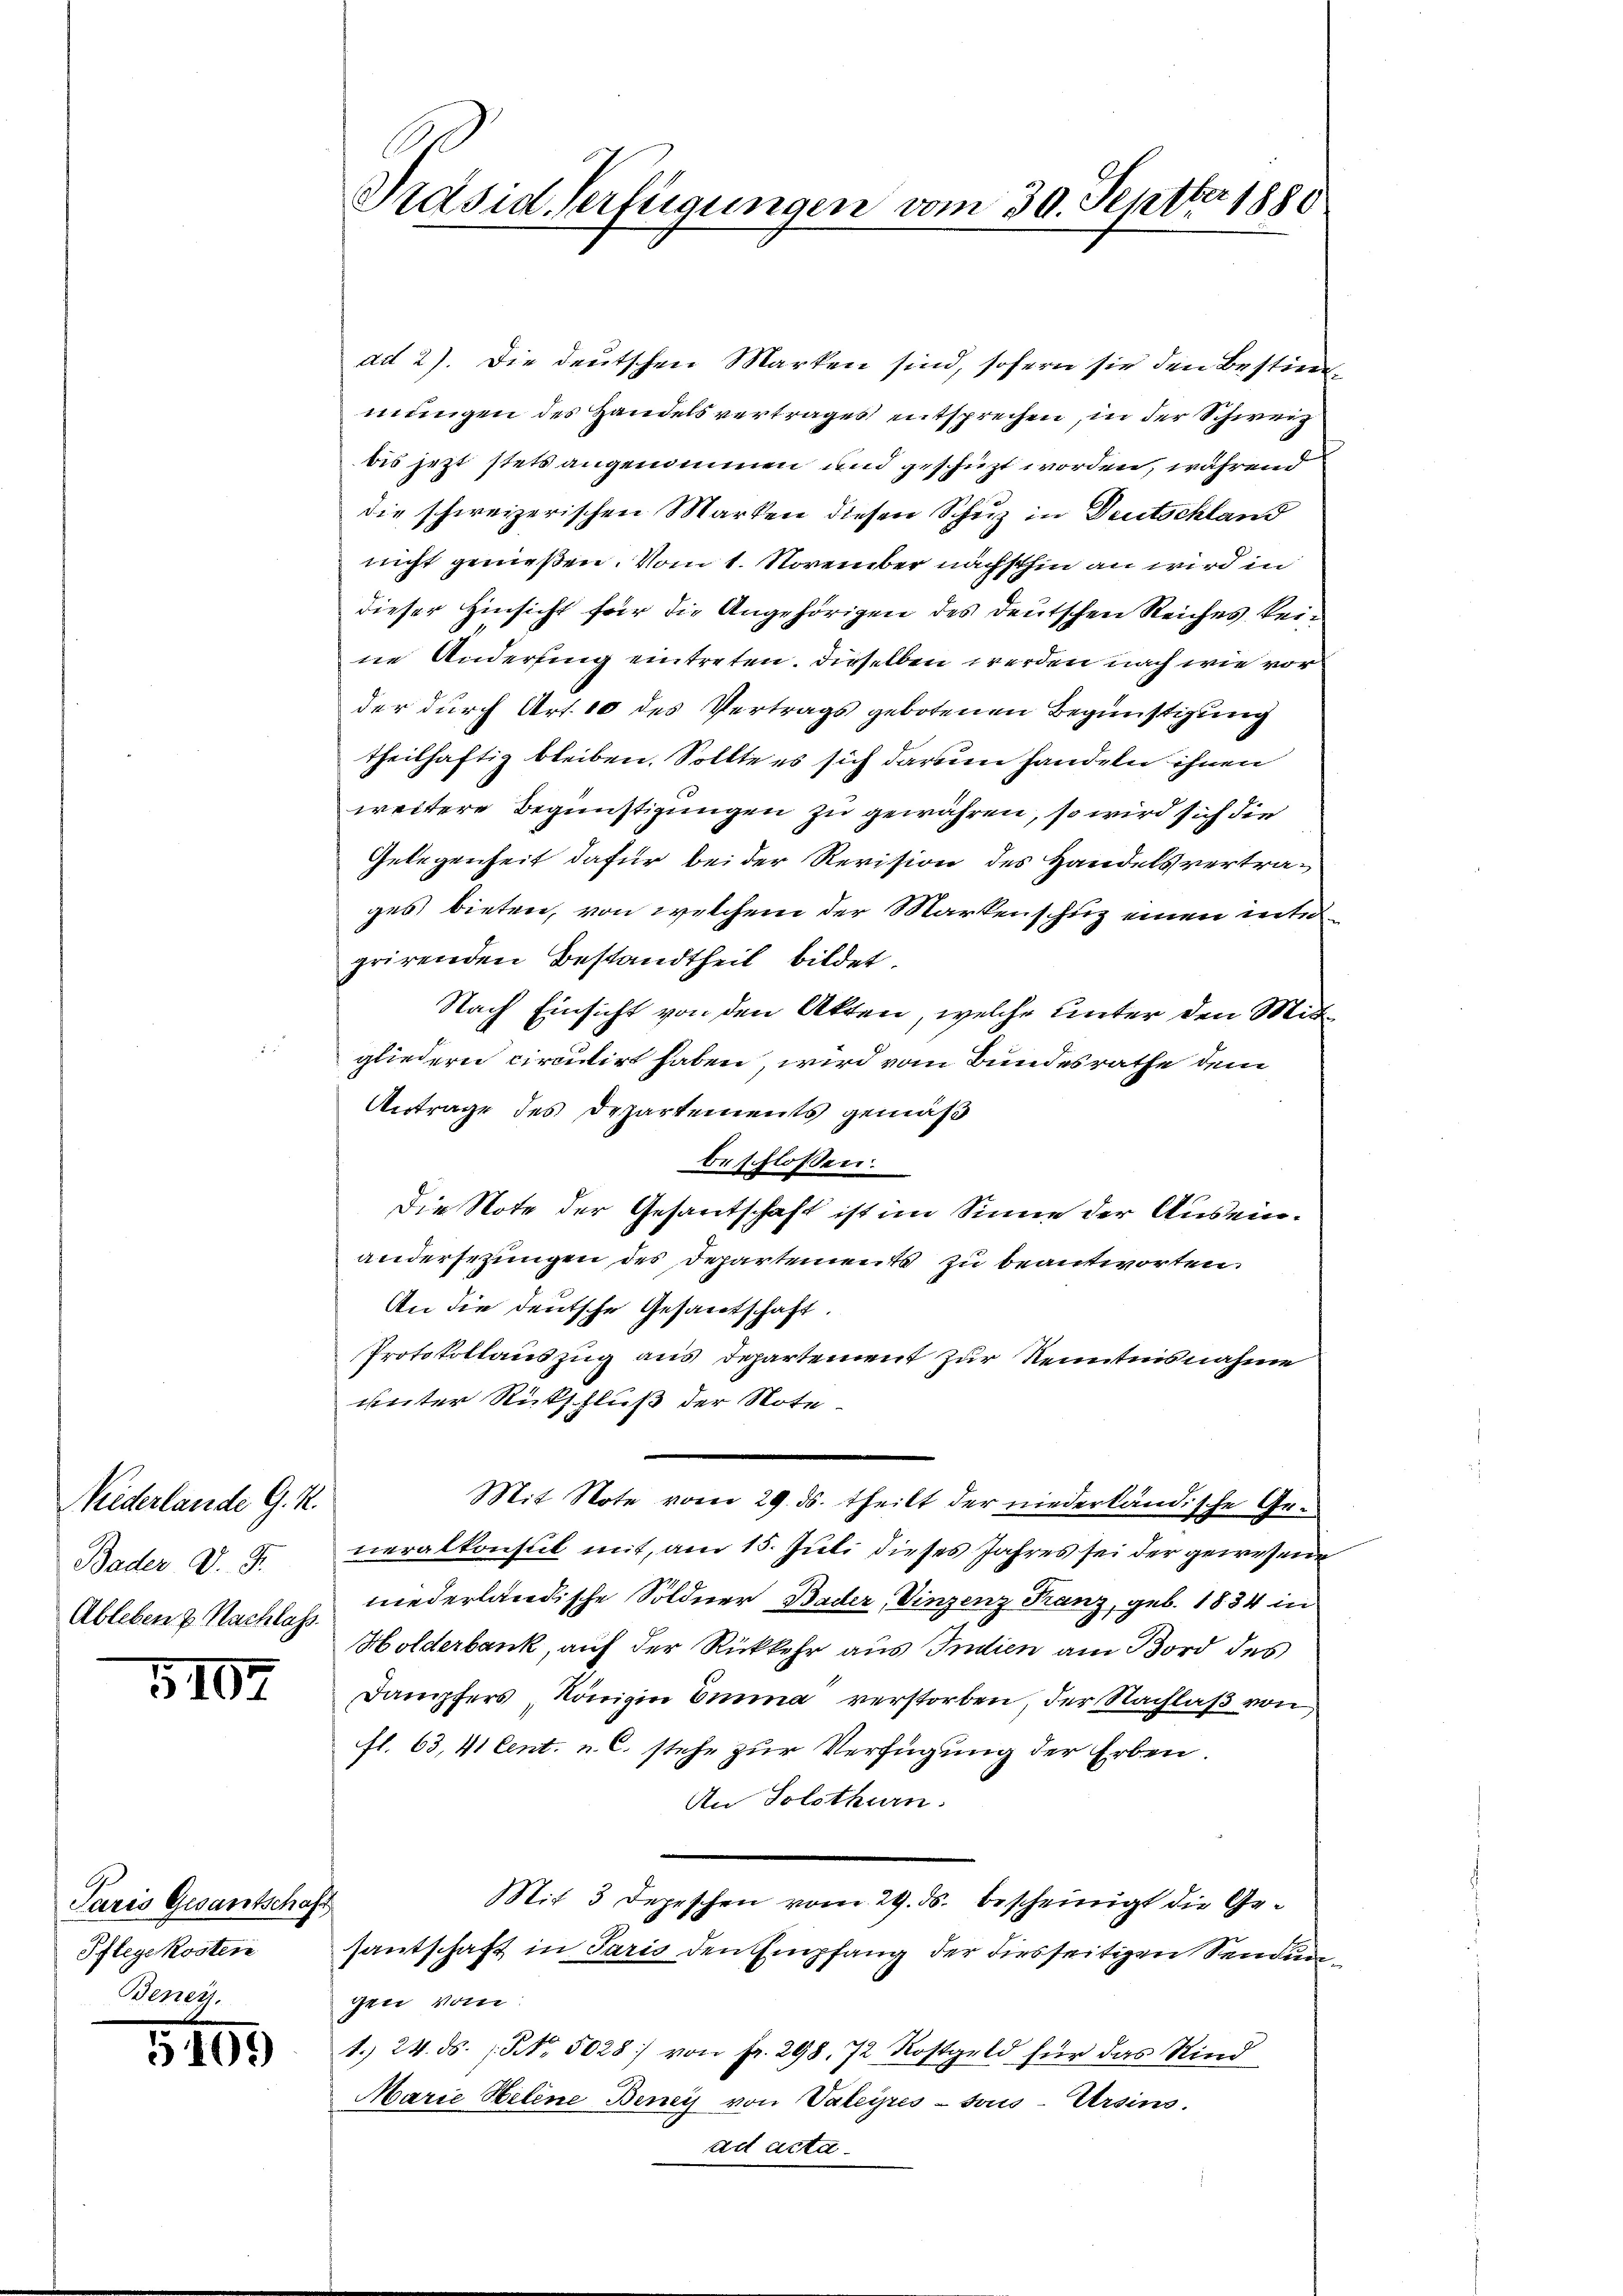
Niederlande G. K.
Bader D. P.
Ableben & Nachlass

5107

Paris Gesantschaft
Pflegekosten
Bener.

5109)

Präsid. Verfügungen vom 30. Septbr 1880

ad 2). Die deutschen Marken sind, sofern sie den Bestimmungen des Handelsvertrages entsprechen, in der Schweiz
bis jezt stets angenommen und geschiezt worden, während
die schweizerischen Marken diesen Schuz in Deutschland
nicht genießen. Vom 1. November nächsthin an wird in
dieser Hinsicht für die Angehörigen des deutschen Reiches keine Änderung eintreten. Dieselben werden nach wie vorder durch Art. 10 des Vertrags gebotenen Begünstigung
theilhaftig bleiben. Sollte es sich darum handeln ihnen
weitere Begünstigungen zu gewähren, so wird sich die
Gelegenheit dafür bei der Revision des Handelsvertrages bieten, von welchem der Markenschuz einen intergrirenden Bestandtheil bildet.
Nach Einsicht von den Akten, welche unter den Mitgliedern circutirt haben, wird vom Bundesrathe dem
Antrage des Departements gemäß
beschlossen:
Die Note der Gesantschaft ist im Sinne der Auseinwidersetzungen des Departement zu beantworten.
An die deutsche Gesandtschaft.
Protokollauszug aus Departement zur Kenntnisnahme
unter Rückschluß der Note
Mit Note vom 29. ds. theilt der niederländische Generalkonsul mit, am 15. Juli dieses Jahres sei der gewesene
niederländische Söldner Bader, Vinzenz Franz, geb. 1834 in
Holderbank, auf der Rückkehr aus Indien am Bord des
Dampfers Königin Emma verstorben, der Nachlaß von
fl. 63, 41 Cent. u. C. stehe zur Verfügung der Erben.
An Solothurn.
Mit 3 Depeschen vom 29. ds. bescheinigt die Gesantschaft in Paris den Empfang der diesseitigen Sendungen vom
1. 24. ds. (S. 5028) von fr. 298. 72 Rostgeld für das Kind
Marie Heline Beney von Valeyres - Fous-Ursins,
ad acta.